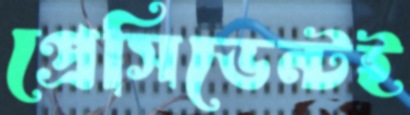
প্রেসিডেন্টই